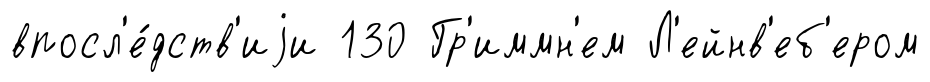
впосл'е́дств'иjи 130 Гр'иммн'ем Л'ейнв'еб'ером